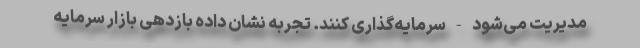
مدیریت می‌شود - سرمایه‌گذاری کنند. تجربه نشان داده بازدهی بازار سرمایه